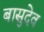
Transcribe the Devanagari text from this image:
बासुदेव